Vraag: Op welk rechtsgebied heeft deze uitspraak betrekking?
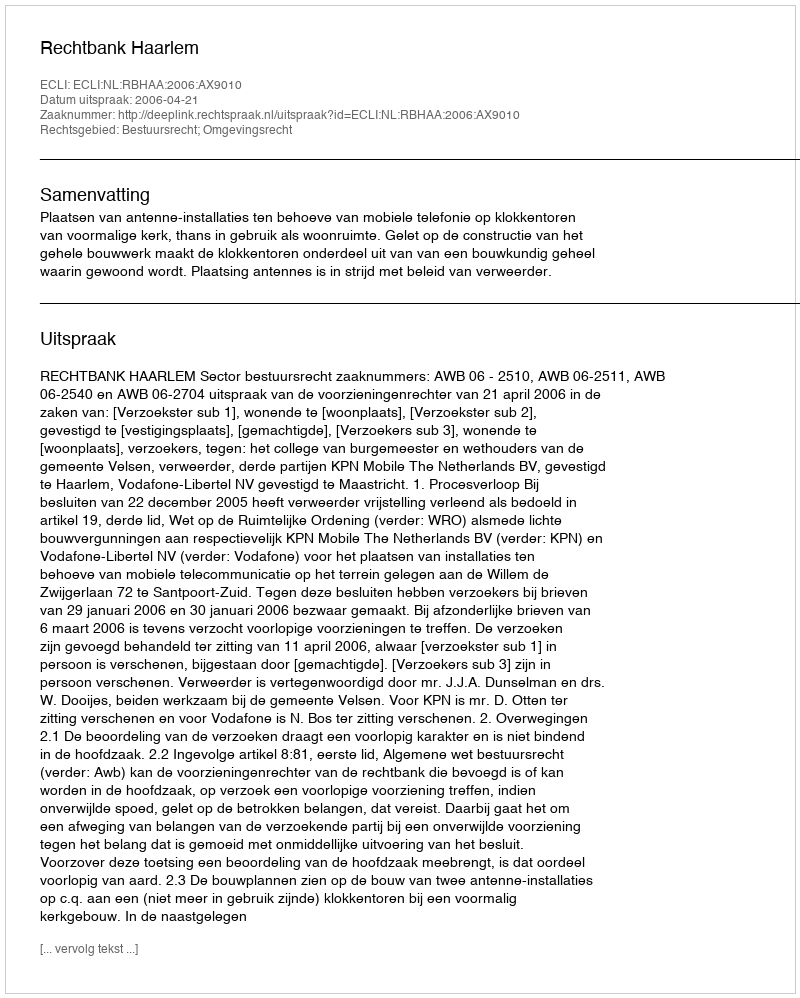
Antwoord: Bestuursrecht; Omgevingsrecht